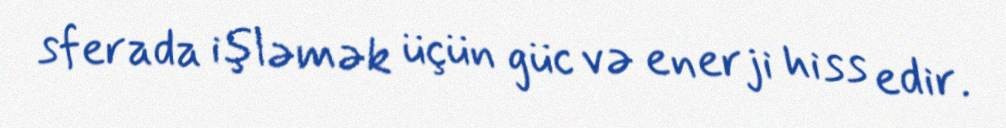
sferada işləmək üçün güc və enerji hiss edir.